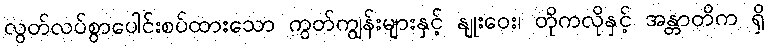
လွတ်လပ်စွာပေါင်းစပ်ထားသော ကွတ်ကျွန်းများနှင့် နျုးဝေး၊ တိုကလိုနှင့် အန္တာတိက ရှိ